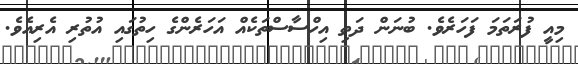
މިއީ ފުރަތަމަ ފަހަރެވެ. ބުނަން ދަތި އިހްސާސްތަކެއް އަހަރެންގެ ހިތުގައި އުތުރި އެރިއެވެ.